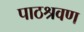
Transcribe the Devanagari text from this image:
पाठश्रवण